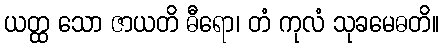
ယတ္ထ သော ဇာယတိ ဓီရော၊ တံ ကုလံ သုခမေဓတိ။